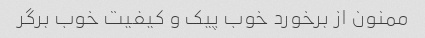
ممنون از برخورد خوب پیک و کیفیت خوب برگر